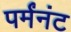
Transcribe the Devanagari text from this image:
पर्मंनंट